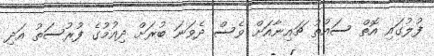
ފުލުގައި އޮތް ސައުތު ޗައިނާއަށް ވެސް ދެވަނަ ބުރަށް ދިއުމުގެ ފުރުސަތު އަދި